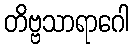
တိဗ္ဗသာရာဂေါ